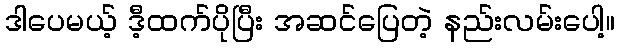
ဒါပေမယ့် ဒီ့ထက်ပိုပြီး အဆင်ပြေတဲ့ နည်းလမ်းပေါ့။